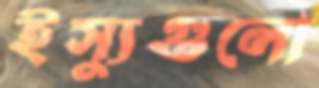
ইস্যুগুলো